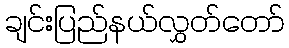
ချင်းပြည်နယ်လွှတ်တော်